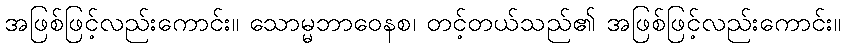
အဖြစ်ဖြင့်လည်းကောင်း။ သောမ္မဘာဝေနစ၊ တင့်တယ်သည်၏ အဖြစ်ဖြင့်လည်းကောင်း။